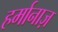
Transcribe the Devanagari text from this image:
हर्मानाज़